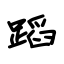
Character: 蹈